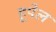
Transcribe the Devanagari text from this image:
हूपेल